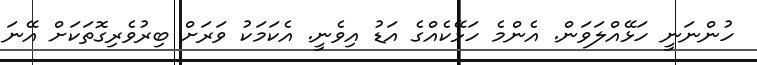
ހުންނަނީ ހަޅޭއްލަވަން. އެންމެ ހަޅޭކެއްގެ އަޑު އިވެނީ. އެކަމަކު ވަރަށް ބިރުވެރިގޮތަކަށް އޭނަ